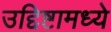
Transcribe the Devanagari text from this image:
उद्दिष्टामध्ये